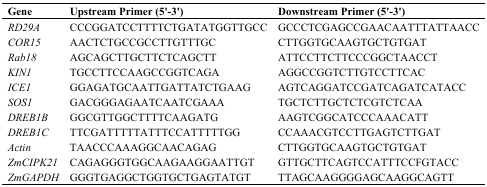
<table><thead><tr><td><b>Gene</b></td><td><b>Upstream Primer (5&#x27;-3&#x27;)</b></td><td><b>Downstream Primer (5&#x27;-3&#x27;)</b></td></tr></thead><tbody><tr><td><i>RD29A</i></td><td>CCCGGATCCTTTTCTGATATGGTTGCC</td><td>GCCCTCGAGCCGAACAATTTATTAACC</td></tr><tr><td><i>COR15</i></td><td>AACTCTGCCGCCTTGTTTGC</td><td>CTTGGTGCAAGTGCTGTGAT</td></tr><tr><td><i>Rab18</i></td><td>AGCAGCTTGCTTCTCAGCTT</td><td>ATTCCTTCTTCCCGGCTAACCT</td></tr><tr><td><i>KIN1</i></td><td>TGCCTTCCAAGCCGGTCAGA</td><td>AGGCCGGTCTTGTCCTTCAC</td></tr><tr><td><i>ICE1</i></td><td>GGAGATGCAATTGATTATCTGAAG</td><td>AGTCAGGATCCGATCAGATCATACC</td></tr><tr><td><i>SOS1</i></td><td>GACGGGAGAATCAATCGAAA</td><td>TGCTCTTGCTCTCGTCTCAA</td></tr><tr><td><i>DREB1B</i></td><td>GGCGTTGGCTTTTCAAGATG</td><td>AAGTCGGCATCCCAAACATT</td></tr><tr><td><i>DREB1C</i></td><td>TTCGATTTTTATTTCCATTTTTGG</td><td>CCAAACGTCCTTGAGTCTTGAT</td></tr><tr><td><i>Actin</i></td><td>TAACCCAAAGGCAACAGAG</td><td>CTTGGTGCAAGTGCTGTGAT</td></tr><tr><td><i>ZmCIPK21</i></td><td>CAGAGGGTGGCAAGAAGGAATTGT</td><td>GTTGCTTCAGTCCATTTCCFGTACC</td></tr><tr><td><i>ZmGAPDH</i></td><td>GGGTGAGGCTGGTGCTGAGTATGT</td><td>TTAGCAAGGGGAGCAAGGCAGTT</td></tr></tbody></table>